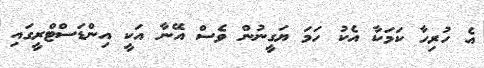
އެ ހުރިހާ ކަމަކާ އެކު ހަމަ ޔަގީނުން ވެސް އޭނާ އަކީ އިންޑަސްޓްރީގައި